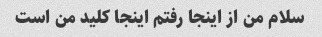
سلام من از اینجا رفتم اینجا کلید من است